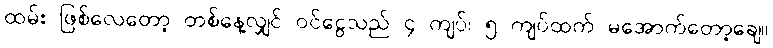
ထမ်း ဖြစ်လေတော့ တစ်နေ့လျှင် ဝင်ငွေသည် ၄ ကျပ်၊ ၅ ကျပ်ထက် မအောက်တော့ချေ။